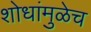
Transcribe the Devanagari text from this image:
शोधांमुळेच